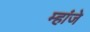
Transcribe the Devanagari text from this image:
म्हांजे